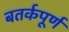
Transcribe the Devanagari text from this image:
बतर्कपूर्ण